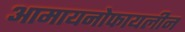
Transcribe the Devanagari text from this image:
आमायनोफायलीन